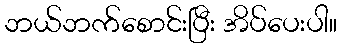
ဘယ်ဘက်စောင်းပြီး အိပ်ပေးပါ။